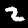
Digit: 2